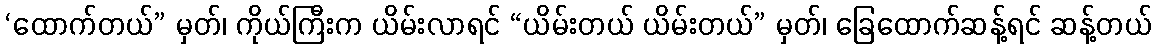
‘ထောက်တယ်” မှတ်၊ ကိုယ်ကြီးက ယိမ်းလာရင် “ယိမ်းတယ် ယိမ်းတယ်” မှတ်၊ ခြေထောက်ဆန့်ရင် ဆန့်တယ်